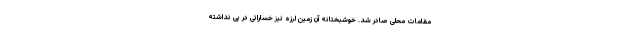
مقامات محلی صادر شد. خوشبختانه آن زمین لرزه نیز خساراتی در پی نداشته